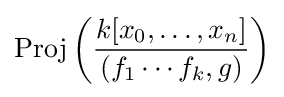
{\text{Proj}}\left({\frac {k[x_{0},\ldots ,x_{n}]}{(f_{1}\cdots f_{k},g)}}\right)